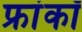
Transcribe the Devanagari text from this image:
फ्रांकॉ